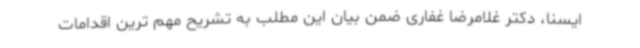
ایسنا، دکتر غلامرضا غفاری ضمن بیان این مطلب به تشریح مهم ترین اقدامات